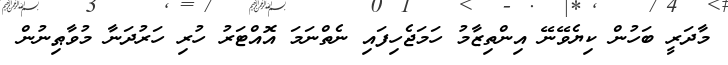
މާދަރީ ބަހުން ކިޔެވޭނޭ އިންތިޒާމު ހަމަޖެހިފައި ނެތްނަމަ އޮއްޓަރު ހުރި ހަރުދަނާ މުވާޠިނުން